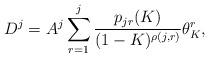
LaTeX: \begin{align*} D^j = A^j\sum_{r = 1}^j \frac{p_{jr}(K)}{(1-K)^{\rho(j,r)}}\theta_K^r,\end{align*}